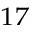
^ { 1 7 }